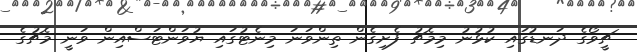
ޗީވޯގެ ދަނޑުގައި ކުޅުނު މިމެޗު ފެށިގެން ތިންވަނަ މިނެޓުގައި ޔުވަންޓަސްއިން ވަނީ މެޗުގެ